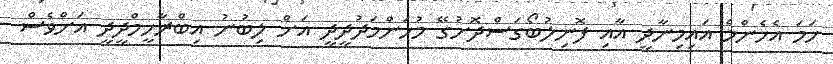
ހަމަ އެހެންމެ އައިމިނާދީ އާއި ފޮނިލުބޯގަސްދޮށުގޭ މުހަންމަދުދީދީ އަށް ލިބުނު އިބްރާހީމްދީދީ އަށްވެސް